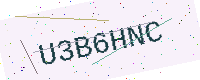
Text: U3B6HNC